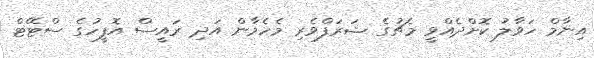
އިނާމް ހަވާލު ކޮށްދެއްވީ މެޗުގެ ޝަރަފްވެރި މެހެމާން އަދި ރައީސް އޮފީހުގެ ސްޓޭޓް